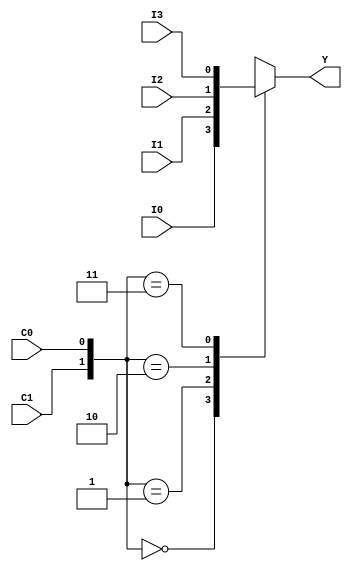
module altgxb_hssi_mux4(Y,I0,I1,I2,I3,C0,C1); 
  input I0,I1,I2,I3,C0,C1; 
  output Y; 
  reg   Y; 
  always@(I0 or I1 or I2 or I3 or C0 or C1) begin 
      case ({C1,C0})  
          2'b00 : Y = I0 ; 
          2'b01 : Y = I1 ; 
          2'b10 : Y = I2 ; 
          2'b11 : Y = I3 ; 
      endcase 
  end 
endmodule